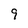
Character: 9